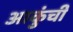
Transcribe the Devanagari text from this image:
आकुंची